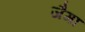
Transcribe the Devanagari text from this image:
जैमा